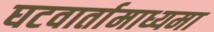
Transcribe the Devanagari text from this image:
घटवार्तामाध्यमा